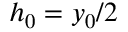
h _ { 0 } = y _ { 0 } / 2